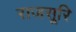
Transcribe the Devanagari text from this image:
राजसूरि